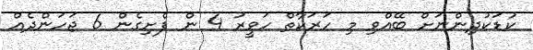
ކުޑަކުދިންނަށް ބޭއްވި މި ހަރަކާތް ހަވީރު 4 ން ފެށިގެން 6 ޖަހަންދެއް